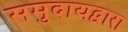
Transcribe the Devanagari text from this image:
समुदायद्वारा